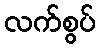
လက်စွပ်